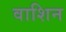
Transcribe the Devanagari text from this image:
वाशिन